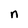
Character: n